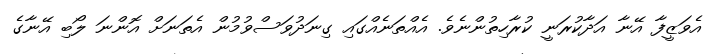
އެވަޒީފާ އޭނާ އަދާކުރަނީ ކުރާހިތުންނެވެ. އެއްތަނެއްގައި ގިނަދުވަސްވުމުން އެތަނަށް އޮންނަ ލޯބި އޭނާގެ